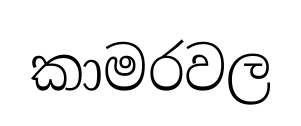
කාමරවල